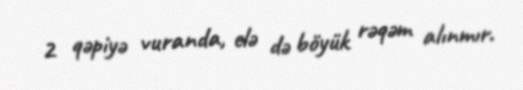
2 qəpiyə vuranda, elə də böyük rəqəm alınmır.